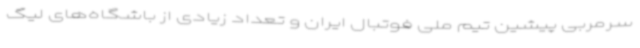
سرمربی پیشین تیم ملی فوتبال ایران و تعداد زیادی از باشگاه‌های لیگ